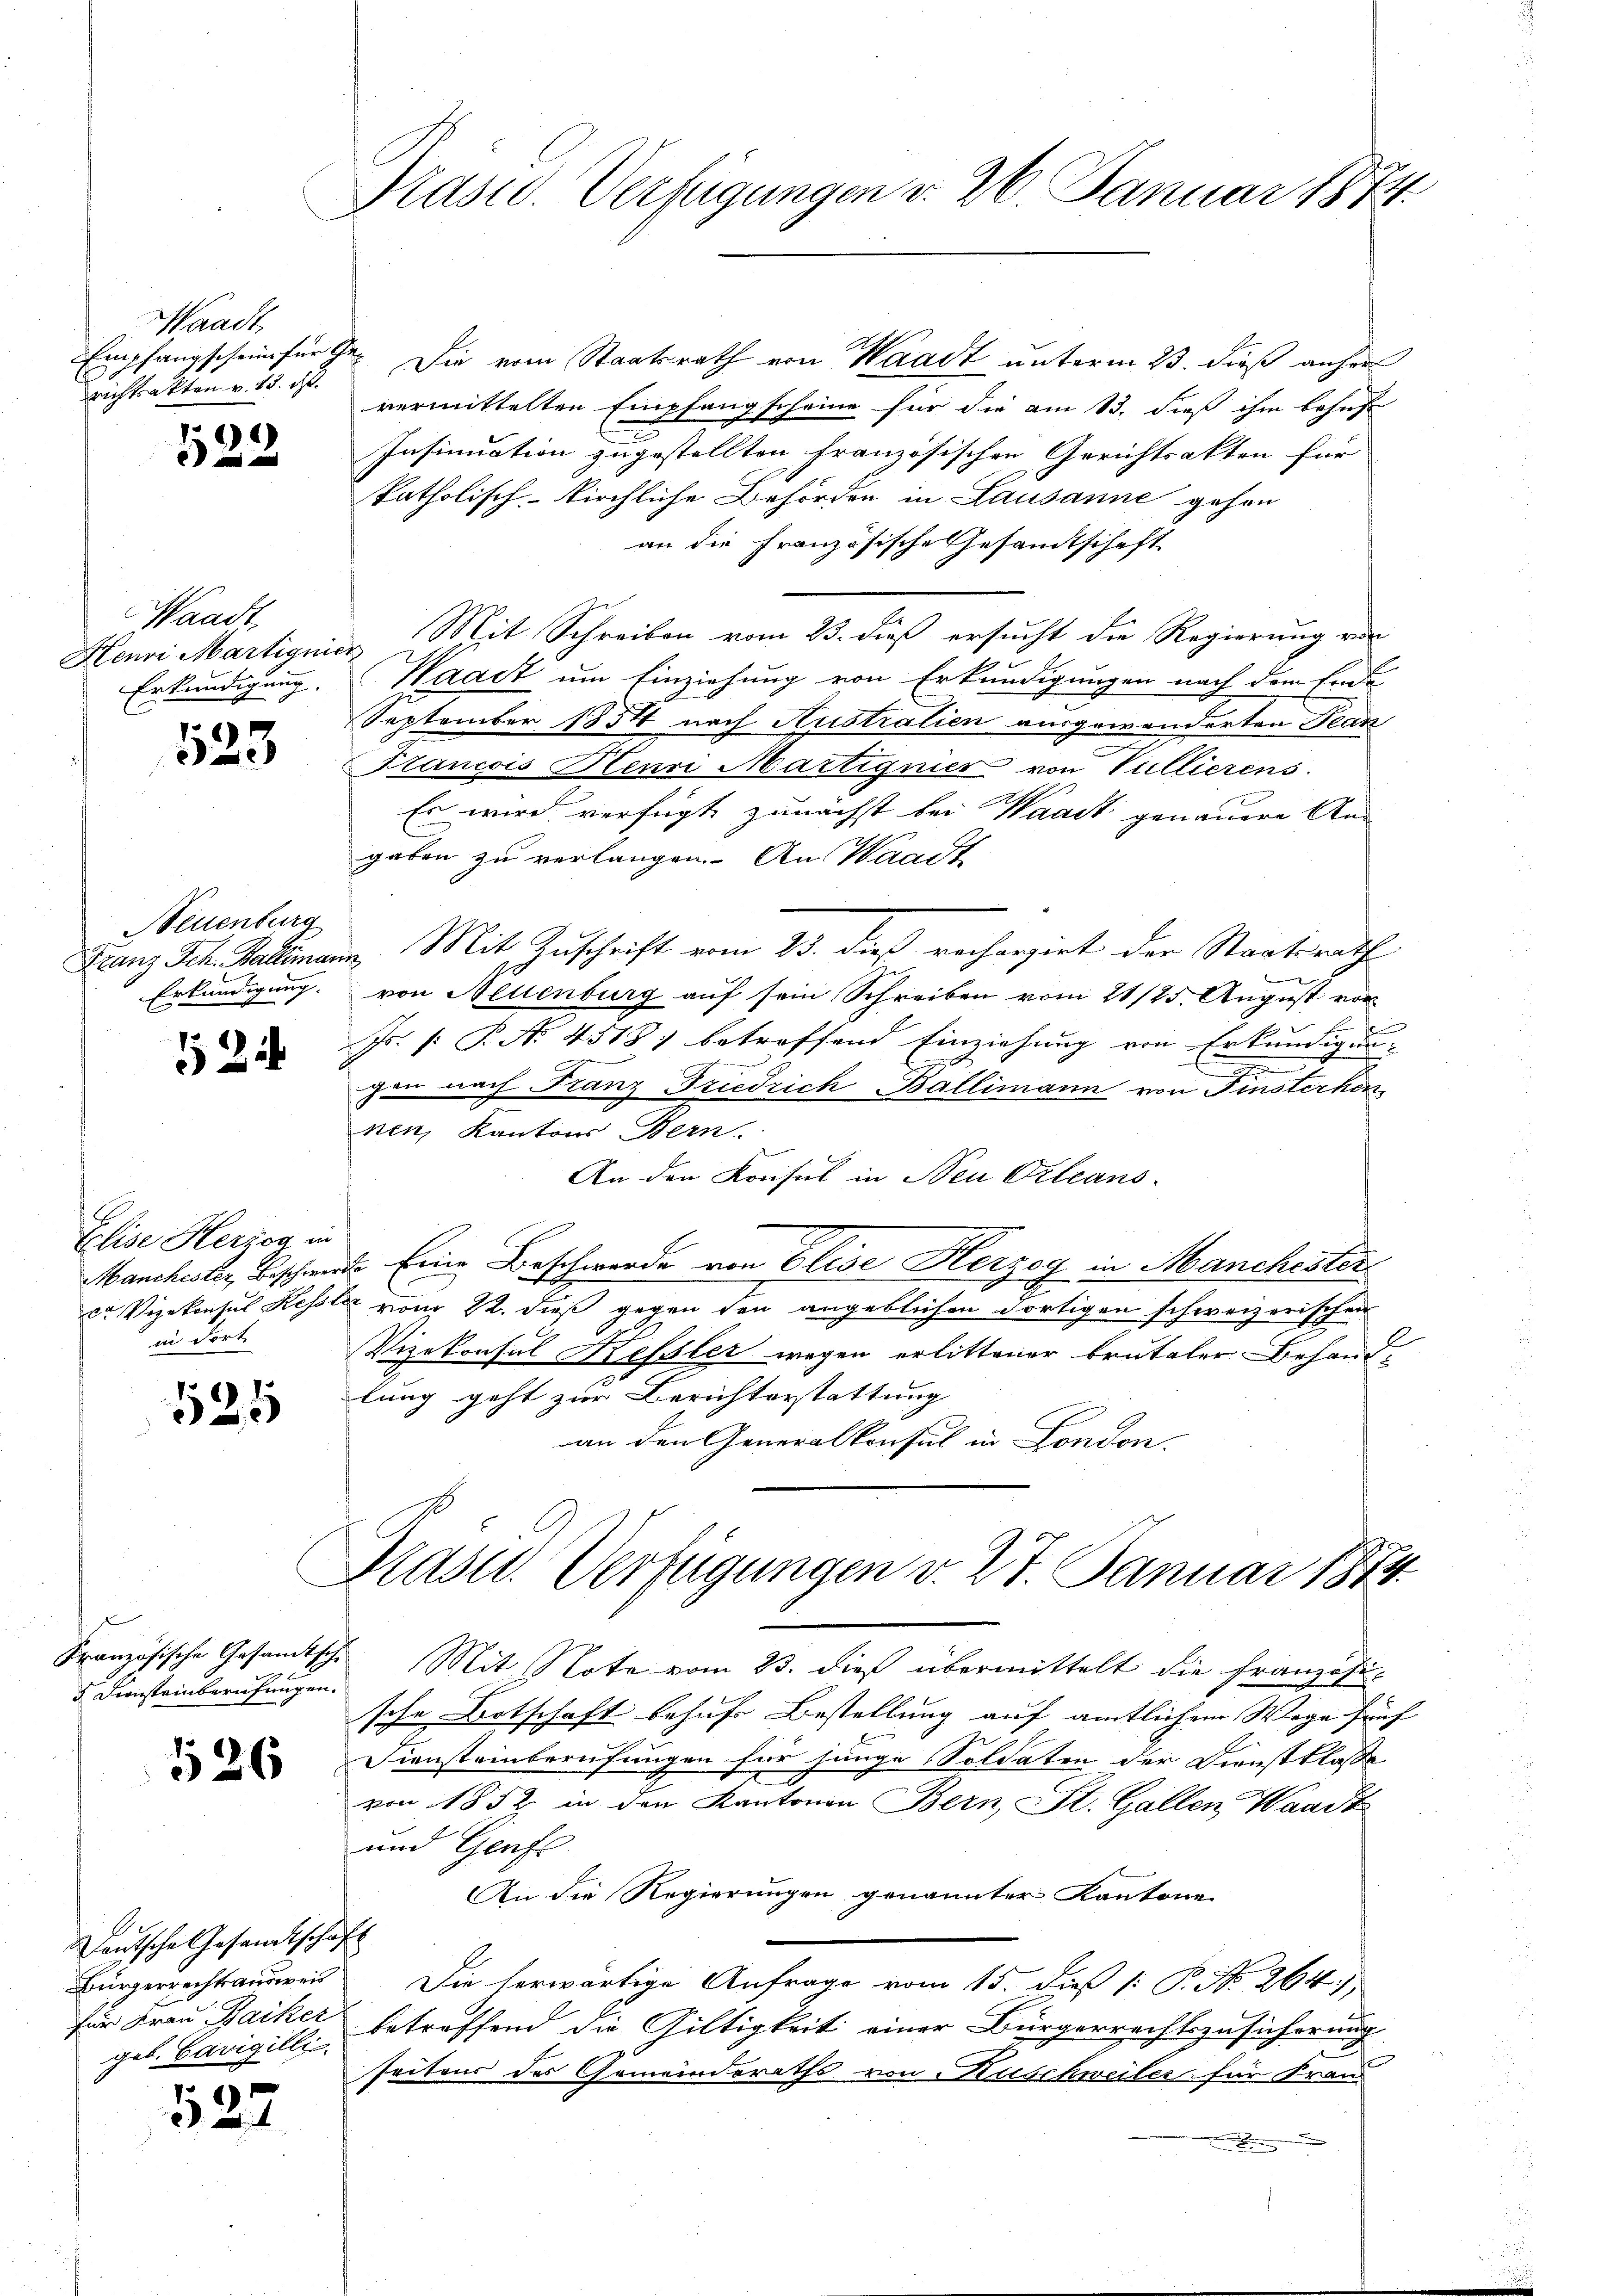
Waadt,
richtsakten v. 13. d.

1360

Waadt,
Henri Martignier
Erkundigung.

523

Neuenburg
Erkundigung.

1244

Elise Herzog in
in Fort.

525

Französische Gesandtsche
 Diensteinberufungen.

126

Deutsche Gesamtschaft
Bürgerrechtsausweis
geb. Bavigilli

527

Präsid. Verfügungen v. 26. Januar 1874.

Empfangschein für Sr. Die vom Staatsrath von Waadt unterm 23. dieß anher
vermittelten Empfangscheine für die am 13. dieß ihm behuf
Insinuation zugestellten französischen Gerichtsakten für
katholisch-kirchliche Behörden in Lausanne gehen
an die Französische Gesandtschaft
E
Mit Schreiben vom 23. dieß ersucht die Regierung von
Waadt um Einziehung von Erkundigungen nach dem Ende
September 1854 nach Australien ausgewanderten Jean
Prancois Henri Martignier von Vullierens
Es wird verfügt zunächst bei Waadt genauere An-
gaben zu verlangen. An Waadt
Franz Sch. Ballimann. Mit Zuschrift vom 23. dieß recherziert der Staatsrath

von Neuenburg auf sein Schreiben vom 21/25. August vor
f
Fs. [: P. No. 4518) betreffend Einziehung von Erkundigungen nach Franz Friedrich Ballimann von Finsterken
nen, Kantons Bern.
An den Konsul in Neu Orleans
Manchester, Beschwerde Eine Beschwerde von Elise Herzog in Manchester
2
cr Vizekonsul Kessler von 22. dieß gegen den angeblichen dortigen schweizerischen
Vizekonsul Kessler wegen erlittener brutaler Behand-
lung geht zur Berichterstattung
an den Generalkonsul in London.

Prast. Verfügungen v. 27. Januar 1874.

Mit Note vom 23. dieß übermittelt die Französische Ortschaft behufs Bestellung auf amtlichem Wege fünf
Diensteinberufungen für junge Soldaten der Dienstklasse
von 1852 in den Kantonen Bern, St. Gallen Waadt
und Genfe
An die Regierungen genannter Kantone
Die herwärtige Anfrage vom 15. dieß P. Nr. 264.
für Frau Baiker betreffend die Gültigkeit einer Bürgerrechtszusicherung
seitens des Gemeinderaths von Kuschweiler für Frand
F